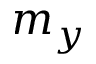
m _ { y }